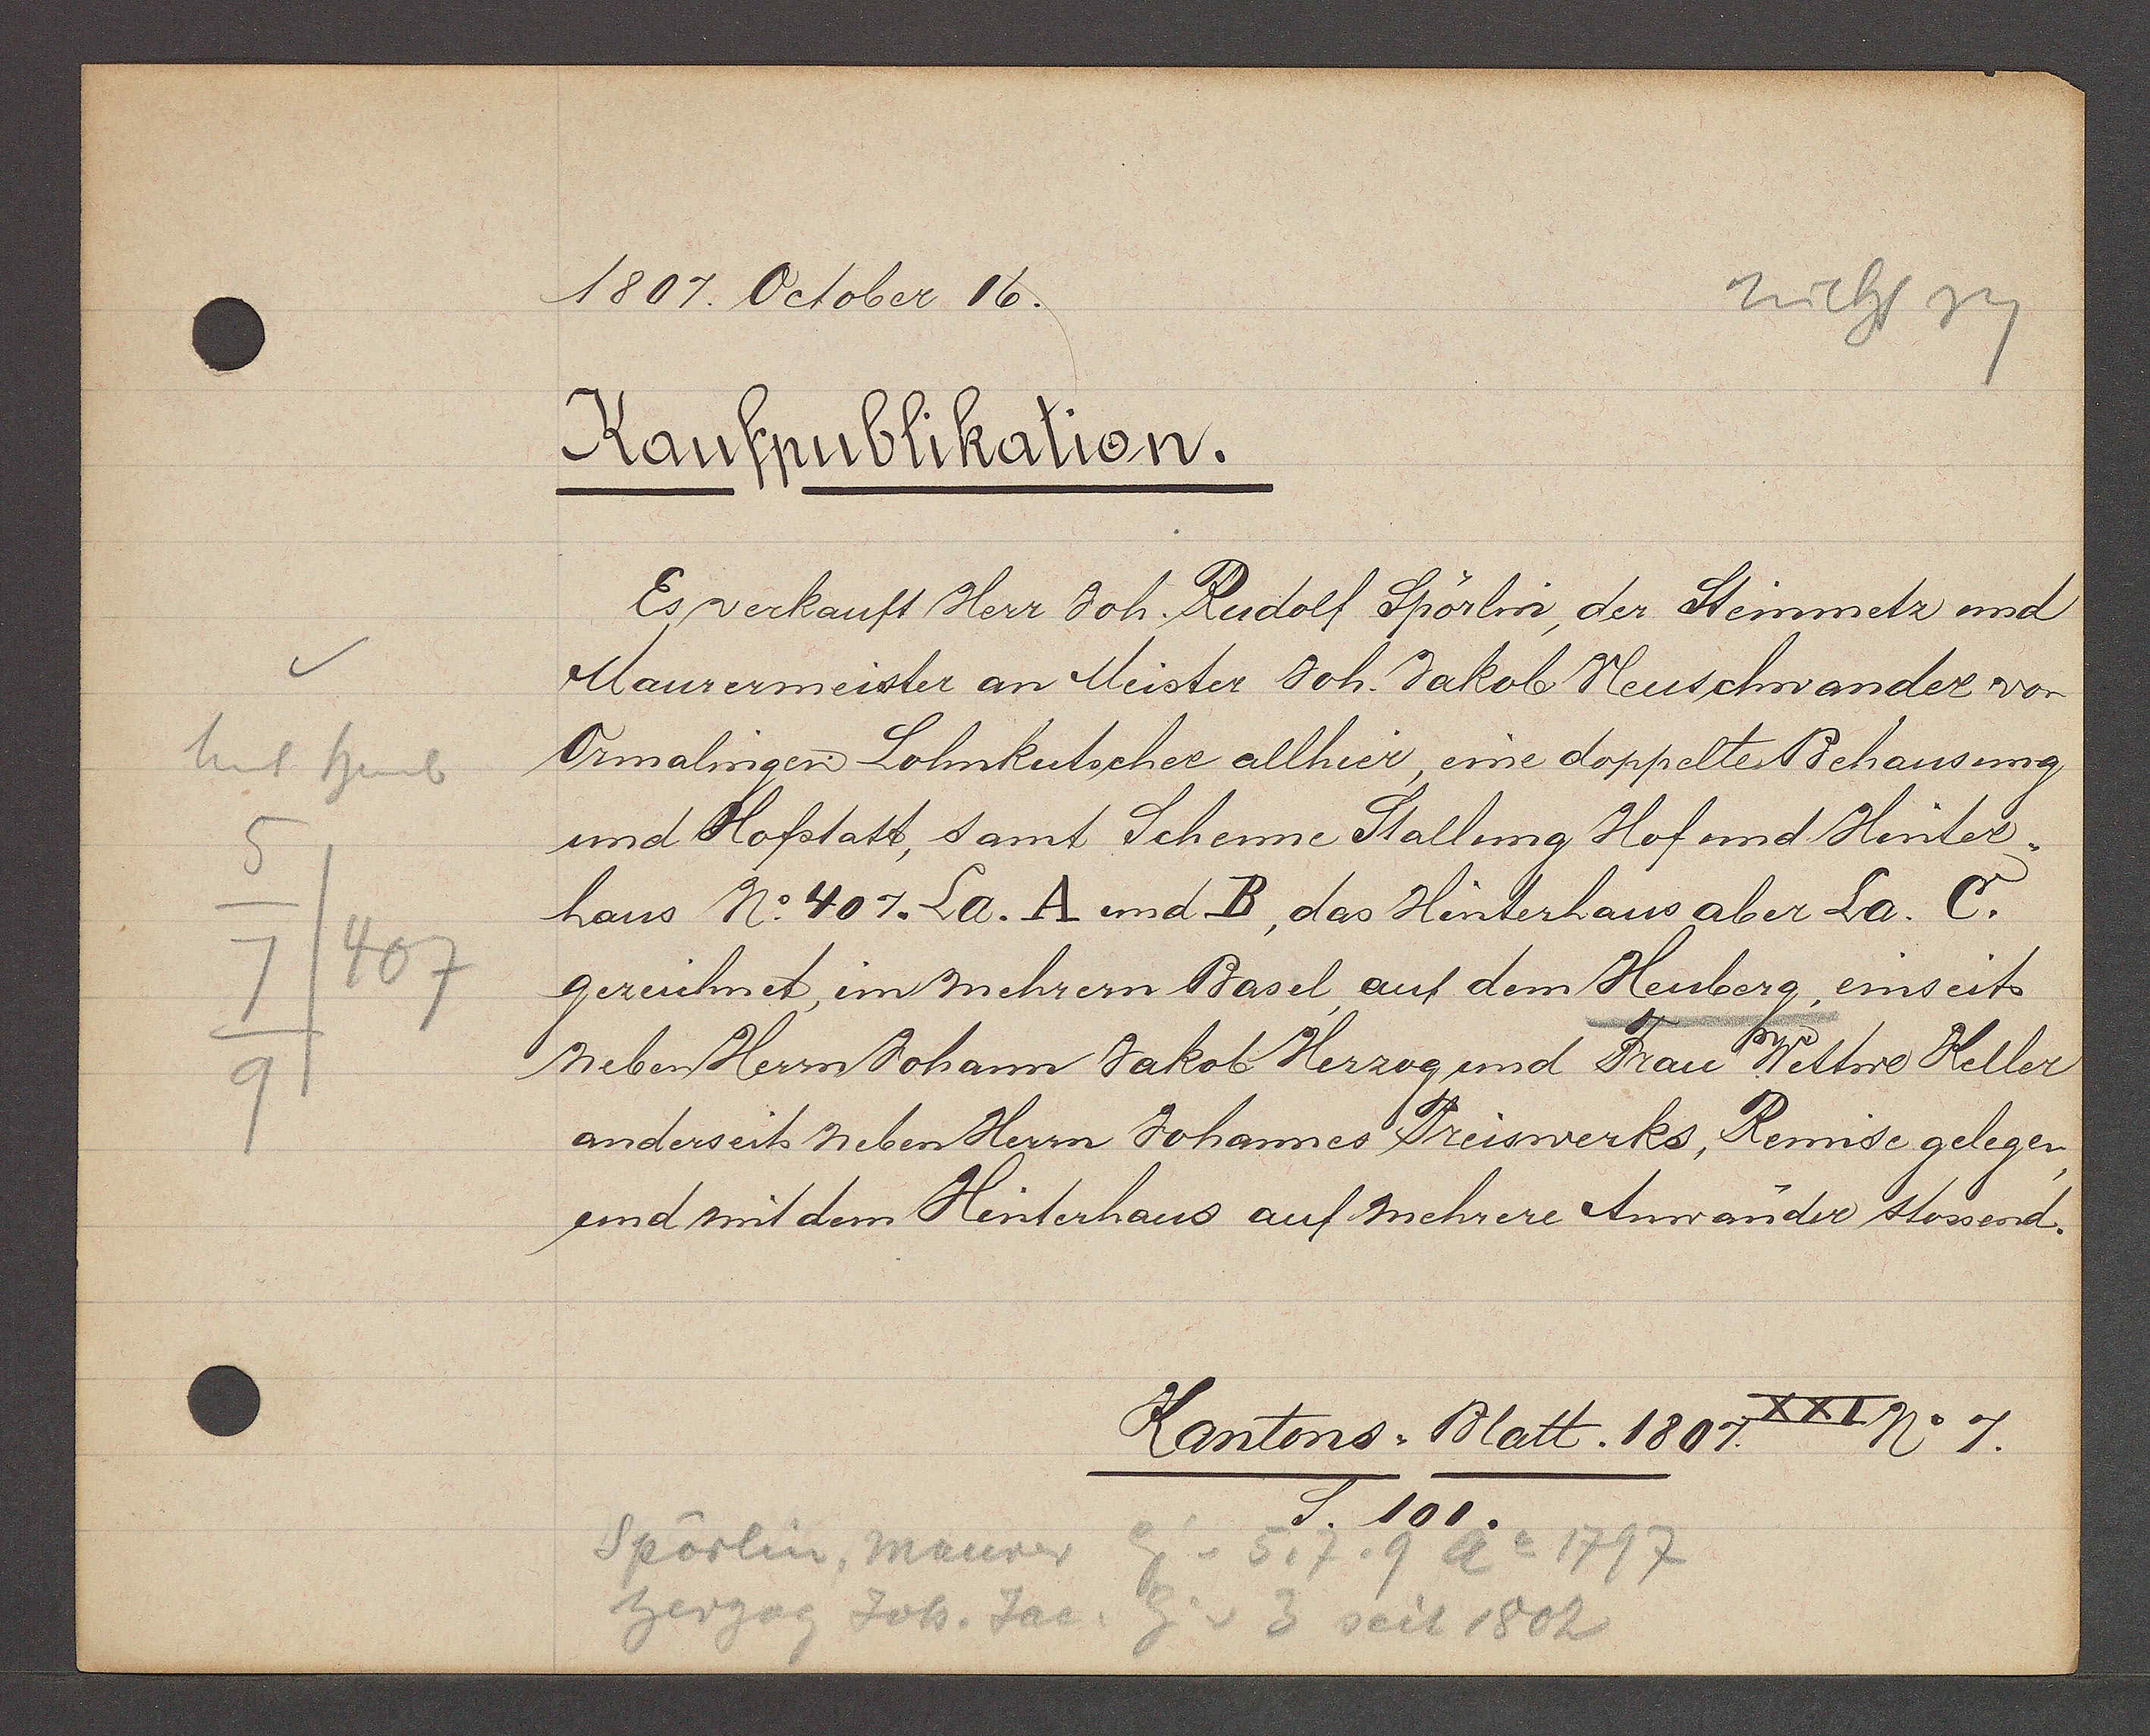
Transcript:
Unt heub
5
407
7
9

1807. October 16.

Kaufpublikation.
Es verkauft Herr Joh. Rudolf Spörlin, der Steinmetz und
Maurermeister an Meister Joh. Jakob Heuschwander von
Ormalingen Lohnkutscher allhier, eine doppelte Behausung
und Hofstatt, samt Scheune Stallung Hof und Hinter¬
haus No. 407. La. A und B, das Hinterhaus aber La. C.
gezeichnet im mehrern Basel, auf dem Heuberg, einseits
neben Herrn Johann Jakob Herzog und Frau Wittwe Keller,
anderseits neben Herrn Johannes Preiswerks, Remise gelegen
und mit dem Hinterhaus auf mehrere Anwänder stossend.

Spörlin, maurer
Eig v 5, 7, 9 Ao 1797
herzog Joh. Jac. Eig v 3 seit 1802

Kantons.Blatt. 1807.
XXI
No. 7.
S. 101.